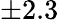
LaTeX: \pm 2.3